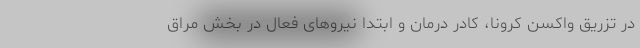
در تزریق واکسن کرونا، کادر درمان و ابتدا نیروهای فعال در بخش مراق